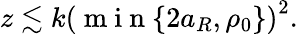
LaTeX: z\lesssim k\left(\mathrm{~m~i~n~}\{ 2a_{R},\rho_{0}\} \right)^{2}.